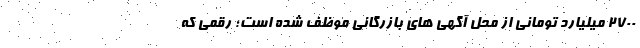
۲۷۰۰ میلیارد تومانی از محل آگهی های بازرگانی موظف شده است؛ رقمی که